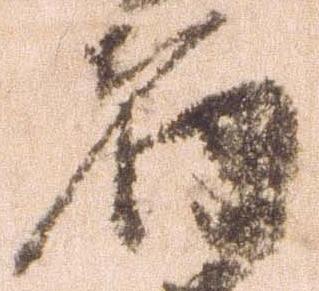
者